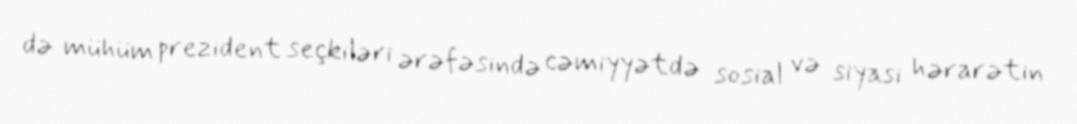
də mühüm prezident seçkiləri ərəfəsində cəmiyyətdə sosial və siyasi hərarətin